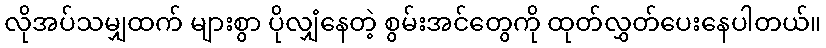
လိုအပ်သမျှထက် များစွာ ပိုလျှံနေတဲ့ စွမ်းအင်တွေကို ထုတ်လွှတ်ပေးနေပါတယ်။